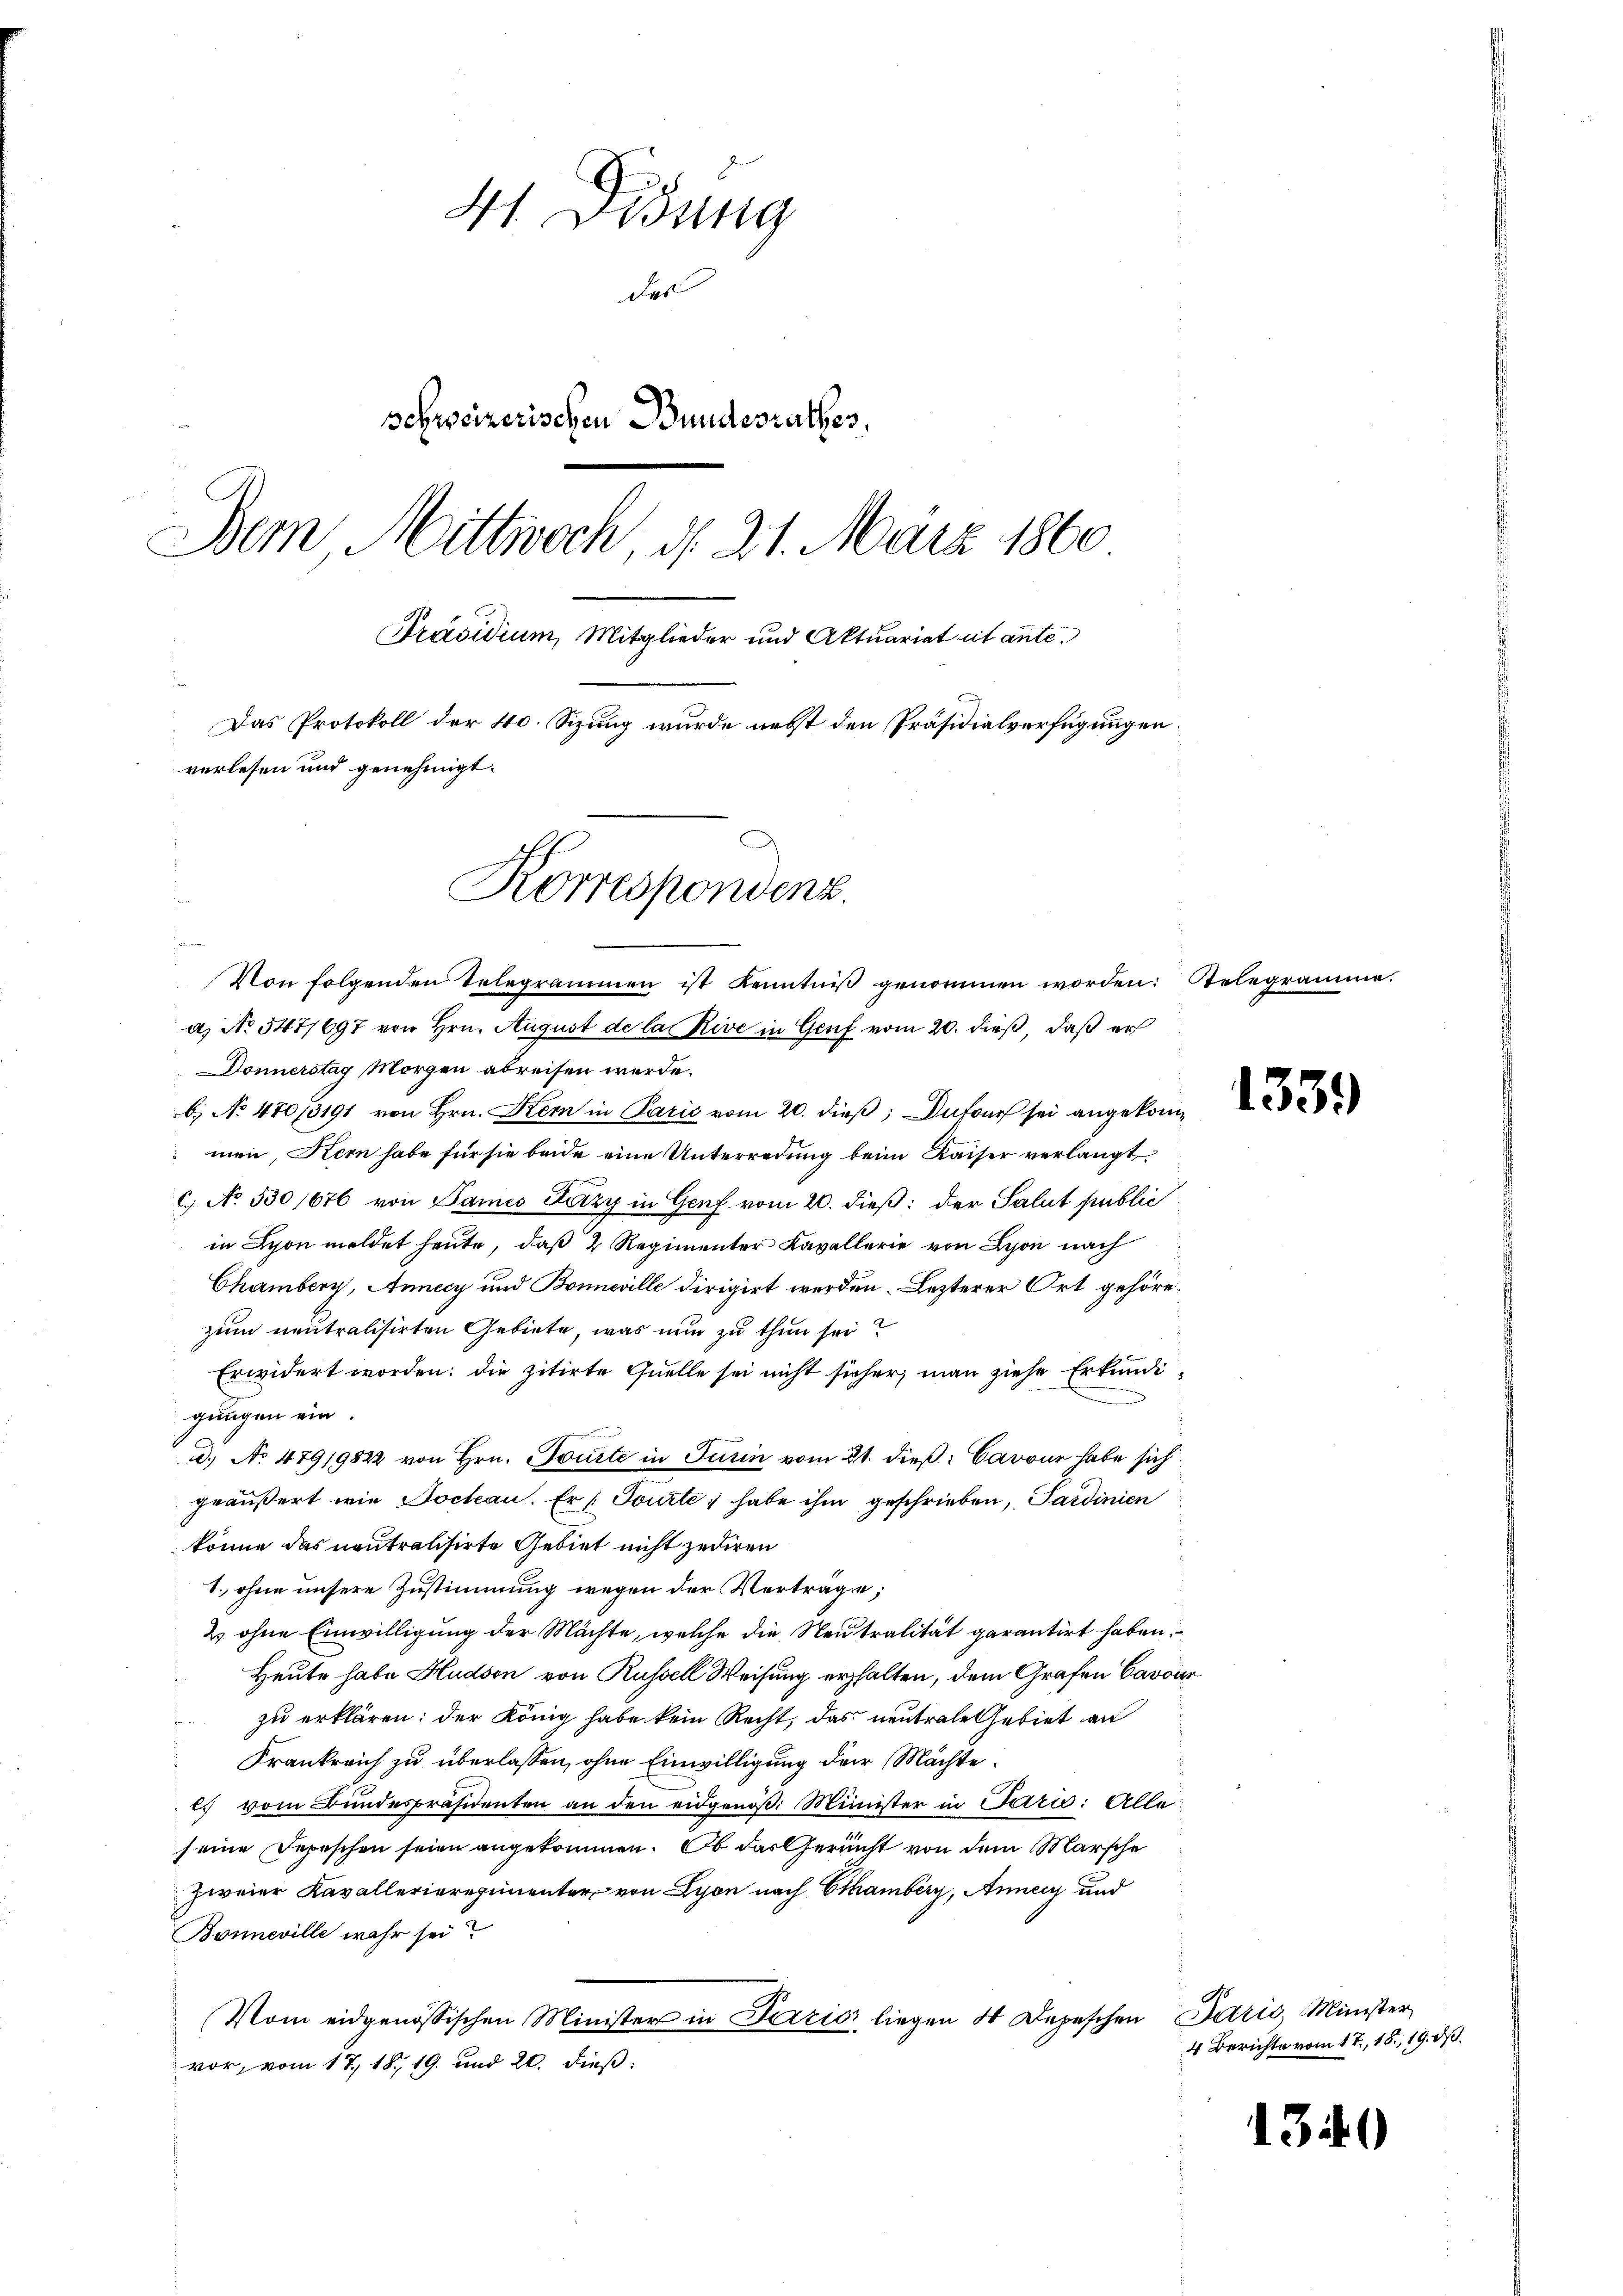
41 Didung
des
schweizerischen Bundesrathes,
Dem Mittwoch, d. 21. März 1860
Präsidium, Mitglieder und Aktuariat et ante.
Das Protokoll der 40. Sizung wurde nebst den Präsidialverfügungen
verlesen und genehmigt.
Korrespondenz.
estimmung
Von folgenden Telegrammen ist kenntniβ genommen worden: Selegramme.

a) No 547/697 von Hrn. August de la Rive in Genf vom 20. dieß, daß er
 Donnerstag Morgen abreisen werde.
b. No 470/3191 von Hrn. Kern in Parić vom 20. dieß; Dufour sei angekommen, Kern habe für sie beide eine Unterredung beim Kaiser verlangt.
c. No. 530 1676 von Sames Fuczy in Genf vom 20. dieß: der Salut public
in Schon meldet heute, daß 2 Regimenter Kavallerie von Lyon nach
Chamberg, Annecy und Bonneville dirigirt werden Lezterer Ort gehöre.
zum neutralisirten Gebiete, was nun zu thun sei
Erwidert worden; die zitirte Quelle sei nicht sicher, man ziehe Erkundigungen ein.
. No 479/9822 von Hrn. Tourte in Turin vom 21. dieß: Cavour habe sich
geäußert wie Jochan. Er /Tourte) habe ihm geschrieben, Sardinien
könne das neutralisirte Gebiet nicht zediren
1., ohne unsere Zustimmung wegen der Verträge;
& ohne Einwilligung der Machte, welche die Neutralität garantirt haben.
Heute habe Hudson von Russell Weisung erhalten, dem Grafen Cavoi
zu erklären: der König habe kein Recht, das neutrale Gebiet an
Krankreich zu überlassen, ohne Einwilligung der Mächte
es vom Bundespräsidenten an den eidgenöß: Minister in Paris: Alle
seine Depeschen seien angekommen. Ob das Gericht von dem Marsche
zweier Kavallerieregimenter von Lyon nach Ethamberg, Anne und
Bonneville wahr sei
Vom eidgenössischen Minister in Parzis liegen 4 Depeschen Paris, Minister
vor, vom 17. 18, 19. und 20. dieß:

1339

4 Berichte vom 17. 18., 19. ds.

1340